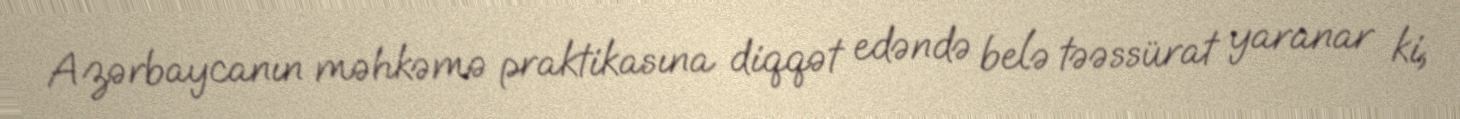
Azərbaycanın məhkəmə praktikasına diqqət edəndə belə təəssürat yaranar ki,